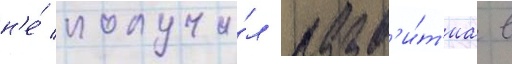
н'е́ получи́л разв'и́т'иа в